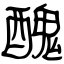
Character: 醜